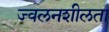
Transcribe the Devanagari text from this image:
ज्‍वलनशीलता